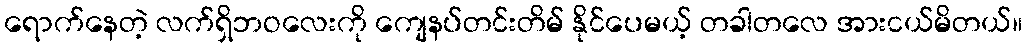
ရောက်နေတဲ့ လက်ရှိဘဝလေးကို ကျေနပ်တင်းတိမ် နိုင်ပေမယ့် တခါတလေ အားငယ်မိတယ်။